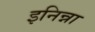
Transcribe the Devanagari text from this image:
इनिन्ना